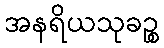
အနရိယသုခဉ္စ